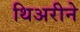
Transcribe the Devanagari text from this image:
थिअरीने